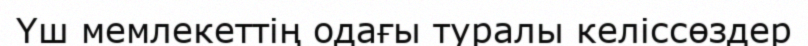
Үш мемлекеттің одағы туралы келіссөздер